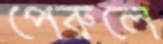
পেরুলে